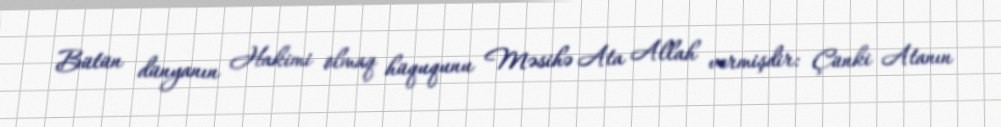
Bütün dünyanın Hakimi olmaq hüququnu Məsihə Ata Allah vermişdir: Çünki Atanın